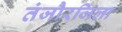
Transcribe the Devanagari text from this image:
तंजौरजिला